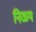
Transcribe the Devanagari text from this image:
निळ्य